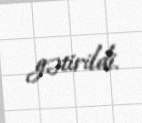
gətirildi.